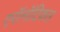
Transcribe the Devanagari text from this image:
एरॉनॉटिकल